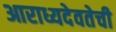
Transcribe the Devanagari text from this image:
आराध्यदेवतेची